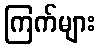
ကြက်များ